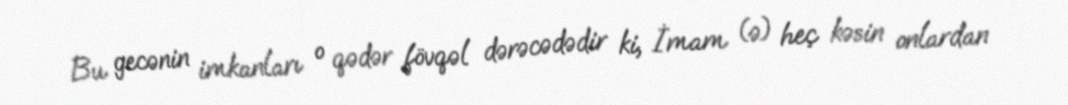
Bu gecənin imkanları o qədər fövqəl dərəcədədir ki, İmam (ə) heç kəsin onlardan